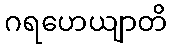
ဂရဟေယျာတိ